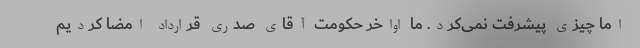
اما چیزی پیشرفت نمی‌کرد. ما اواخر حکومت آقای صدری قرارداد امضا کردیم